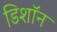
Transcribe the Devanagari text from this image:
डिशॉन